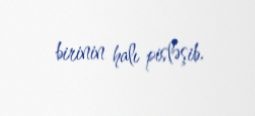
birinin halı pisləşib.